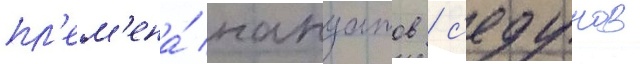
пл'ем'ена́ нануатов / с'едунов